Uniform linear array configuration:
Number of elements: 32
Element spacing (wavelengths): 1
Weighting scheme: exponential
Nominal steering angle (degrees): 45
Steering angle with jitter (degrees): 44.35
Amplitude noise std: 0.05
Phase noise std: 0.05

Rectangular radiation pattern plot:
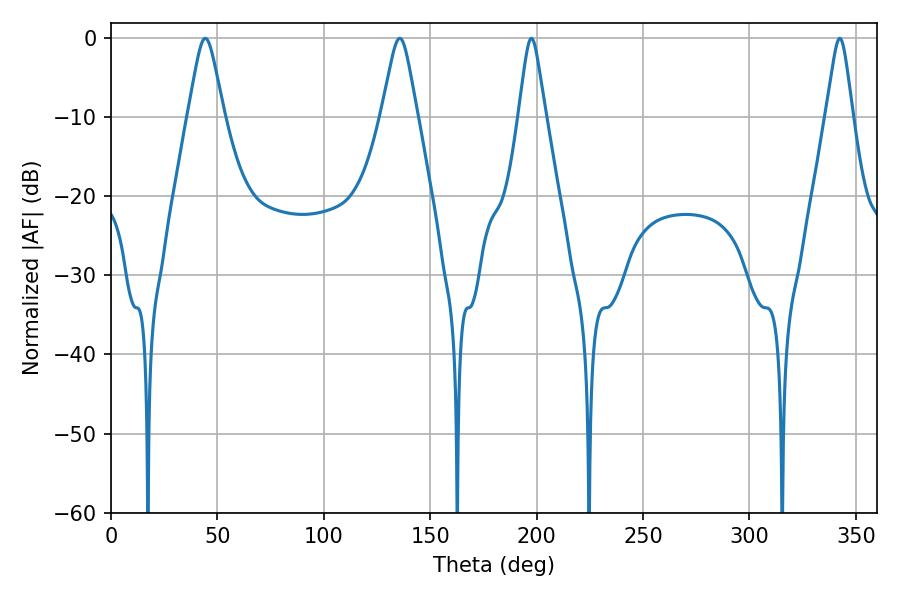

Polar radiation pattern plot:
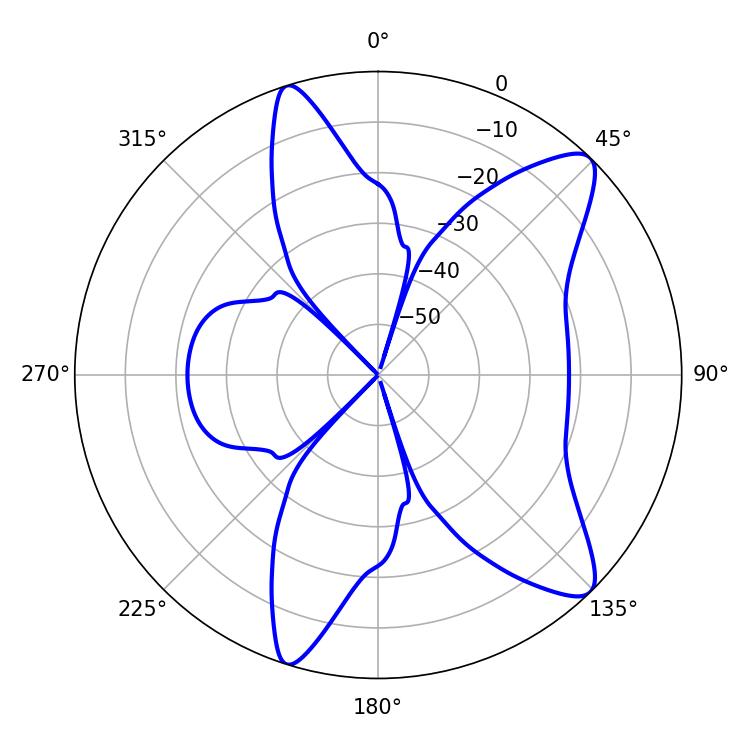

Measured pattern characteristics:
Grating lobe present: TRUE
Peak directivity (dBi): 10.868
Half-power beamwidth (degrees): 7.92
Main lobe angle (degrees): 44.28